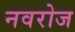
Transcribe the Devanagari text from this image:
नवरोज